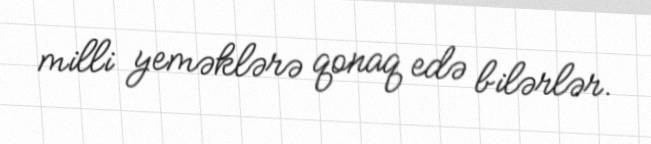
milli yeməklərə qonaq edə bilərlər.